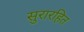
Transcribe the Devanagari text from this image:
सुरारहित